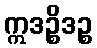
ဣဒဉ္စိဒဉ္စ